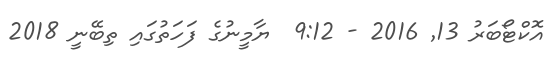
އޮކްޓޯބަރު 13